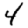
Digit: 4